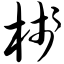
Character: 栈